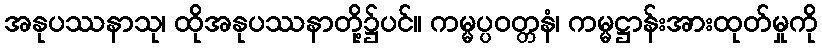
အနုပဿနာသု၊ ထိုအနုပဿနာတို့၌ပင်။ ကမ္မပ္ပဝတ္တနံ၊ ကမ္မဋ္ဌာန်းအားထုတ်မှုကို